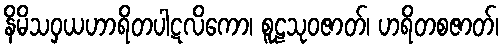
နိမိသဝှယဟာရိတပါဋလိကော၊ စူဠသုဝဇာတ်၊ ဟရိတစဇာတ်၊